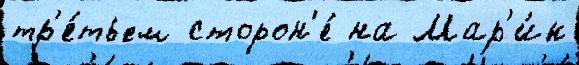
тр'е́тьем сторон'е́ на Мар'и́н